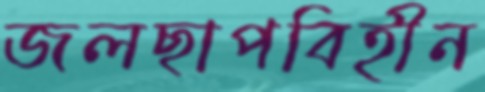
জলছাপবিহীন